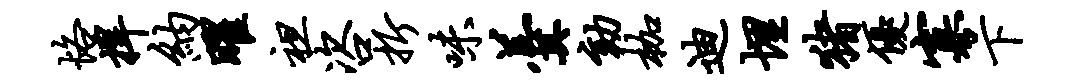
恪捍纳曜袒咨折味羹劾枷迪埋猪优寡下